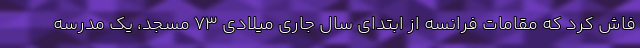
فاش کرد که مقامات فرانسه از ابتدای سال جاری میلادی ۷۳ مسجد، یک مدرسه